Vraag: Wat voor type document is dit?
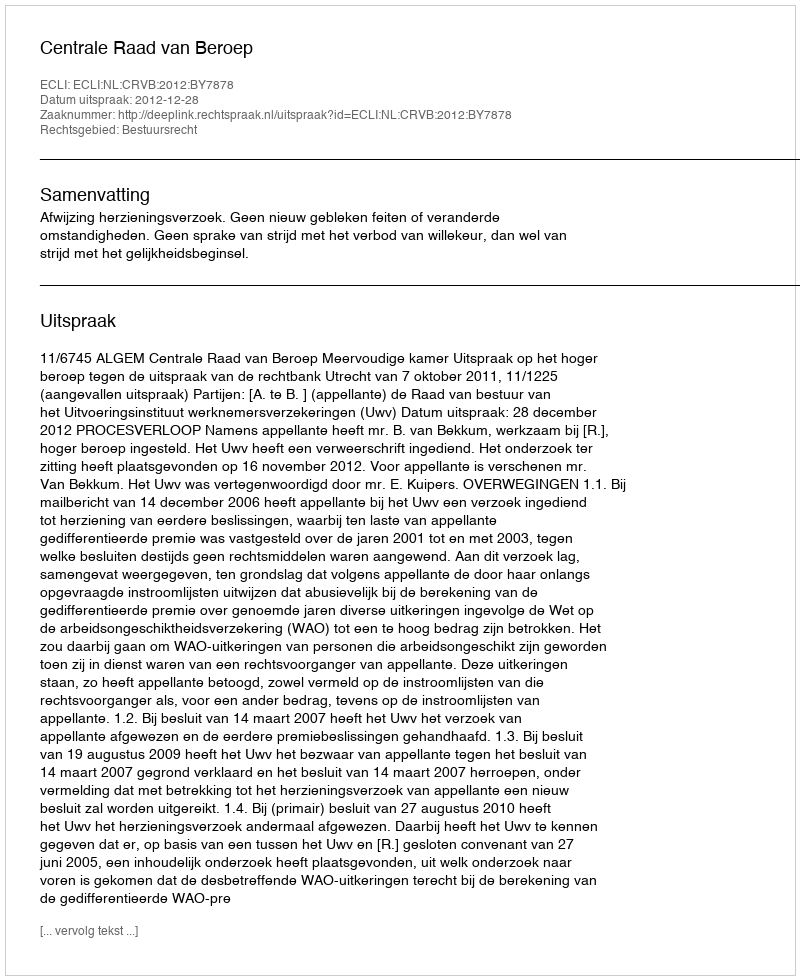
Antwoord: Uitspraak